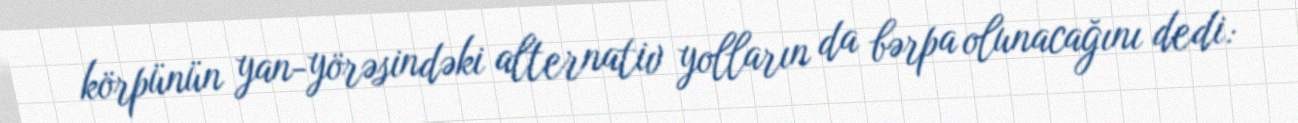
körpünün yan-yörəsindəki alternativ yolların da bərpa olunacağını dedi: